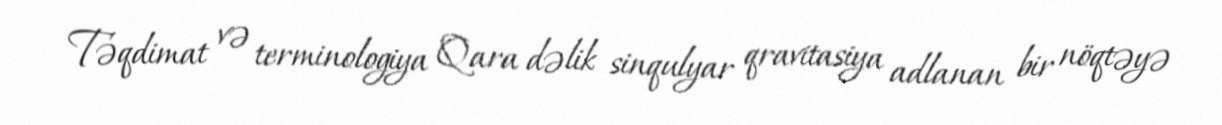
Təqdimat və terminologiya Qara dəlik sinqulyar qravitasiya adlanan bir nöqtəyə